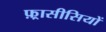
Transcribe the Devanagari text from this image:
फ़्रासीसियों